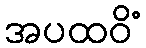
အပထဝိံ